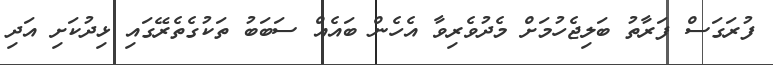
ފުރަގަސް ފަރާތު ބަލިޖެހުމަށް މެދުވެރިވާ އެހެން ބައެއް ސަބަބު ތަކުގެތެރޭގައި ޅިދުކަށި އަދި